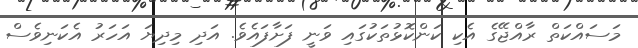
މަސައްކަތް ރާއްޖޭގެ އެކި ކަންކޮޅުތަކުގައި ވަނީ ފަށާފައެވެ. އަދި މިދިޔަ އަހަރު އެކަނިވެސް